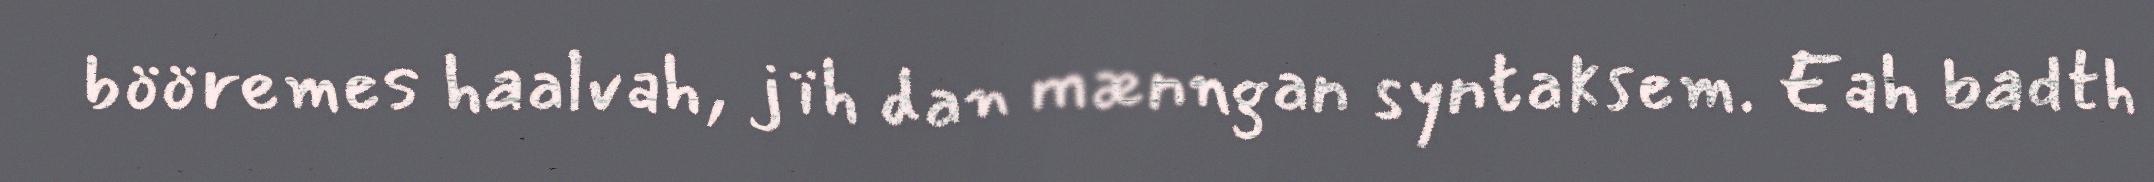
bööremes haalvah, jïh dan mænngan syntaksem. Eah badth